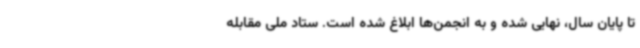
تا پایان سال، نهایی شده و به انجمن‌ها ابلاغ شده است. ستاد ملی مقابله